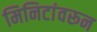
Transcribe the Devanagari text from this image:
मिनिटांवरून